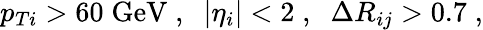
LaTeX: p_{Ti}>60\; \mathrm{GeV}\; ,\; \; |\eta_{i}|<2\; ,\; \; \Delta R_{ij}>0.7\; ,